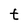
Character: t